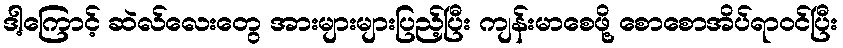
ဒါ့ကြောင့် ဆဲလ်လေးတွေ အားများများပြည့်ပြီး ကျန်းမာစေဖို့ စောစောအိပ်ရာဝင်ပြီး